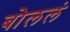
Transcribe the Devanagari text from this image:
बोललं